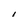
Character: 1